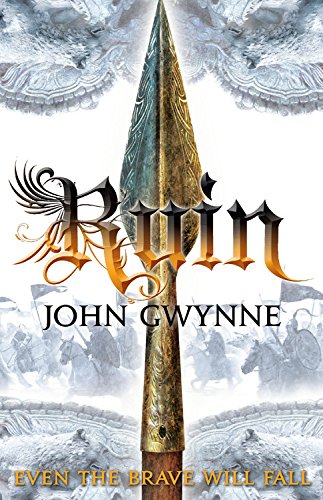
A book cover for Ruin (The Faithful and the Fallen); John Gwynne; Science Fiction & Fantasy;